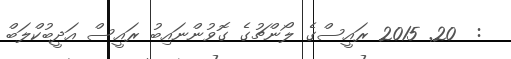
:  20